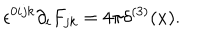
\epsilon ^ { 0 i j k } \partial _ { i } F _ { j k } = 4 \pi \delta ^ { ( 3 ) } ( x ) .